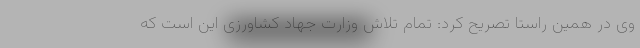
وی در همین راستا تصریح کرد: تمام تلاش وزارت جهاد کشاورزی این است که